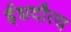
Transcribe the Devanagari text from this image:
ईशदौत्य